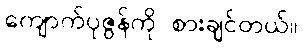
ကျောက်ပုဇွန်ကို စားချင်တယ်။